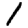
Digit: 1